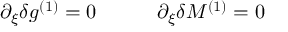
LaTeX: \partial _ { \xi } \delta g ^ { ( 1 ) } = 0 \qquad \quad \partial _ { \xi } \delta M ^ { ( 1 ) } = 0